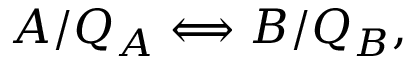
{ \cal A } / Q _ { \cal A } \Longleftrightarrow { \cal B } / Q _ { \cal B } ,